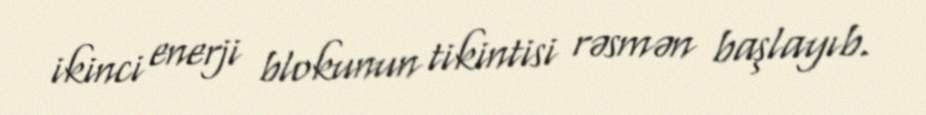
ikinci enerji blokunun tikintisi rəsmən başlayıb.